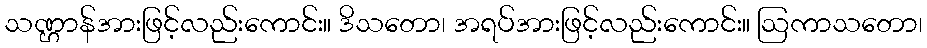
သဏ္ဌာန်အားဖြင့်လည်းကောင်း။ ဒိသတော၊ အရပ်အားဖြင့်လည်းကောင်း။ ဩကာသတော၊